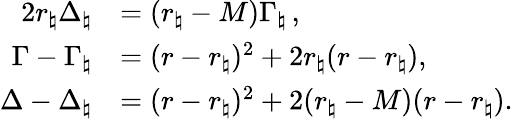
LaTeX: \begin{array}{rl}{2r_{\natural}\Delta_{\natural}}&{=(r_{\natural}-M)\Gamma_{\natural}\, ,}\\ {\Gamma-\Gamma_{\natural}}&{=(r-r_{\natural})^{2}+2r_{\natural}(r-r_{\natural}),}\\ {\Delta-\Delta_{\natural}}&{=(r-r_{\natural})^{2}+2(r_{\natural}-M)(r-r_{\natural}).}\end{array}